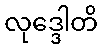
လုဒ္ဒေါတိ